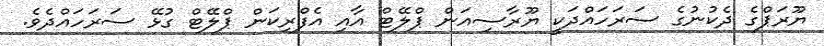
ޔޫރަޕްގެ ދެކުނުގެ ސަރަހައްދަކީ ޔޫރާސިއަން ޕްލޭޓް އާއި އެފްރިކަން ޕްލޭޓް ގުޅޭ ސަރަހައްދެވެ.